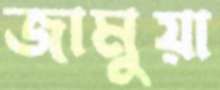
জামুয়া